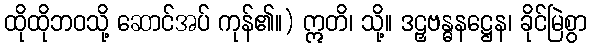
ထိုထိုဘဝသို့ ဆောင်အပ် ကုန်၏။) ဣတိ၊ သို့။ ဒဠှဗန္ဓနဋ္ဌေန၊ ခိုင်မြဲစွာ